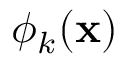
\phi _ { k } ( { \bf x } )